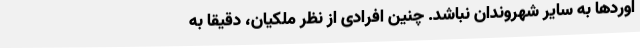
اوردها به سایر شهروندان نباشد. چنین افرادی از نظر ملکیان، دقیقا به